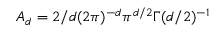
A _ { d } = 2 / d ( 2 \pi ) ^ { - d } \pi ^ { d / 2 } \Gamma ( d / 2 ) ^ { - 1 }